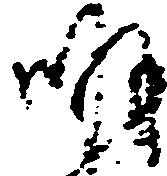
明